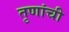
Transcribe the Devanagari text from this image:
तृणांची